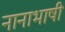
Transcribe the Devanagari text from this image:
नानाभाषी